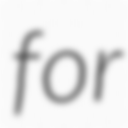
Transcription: for